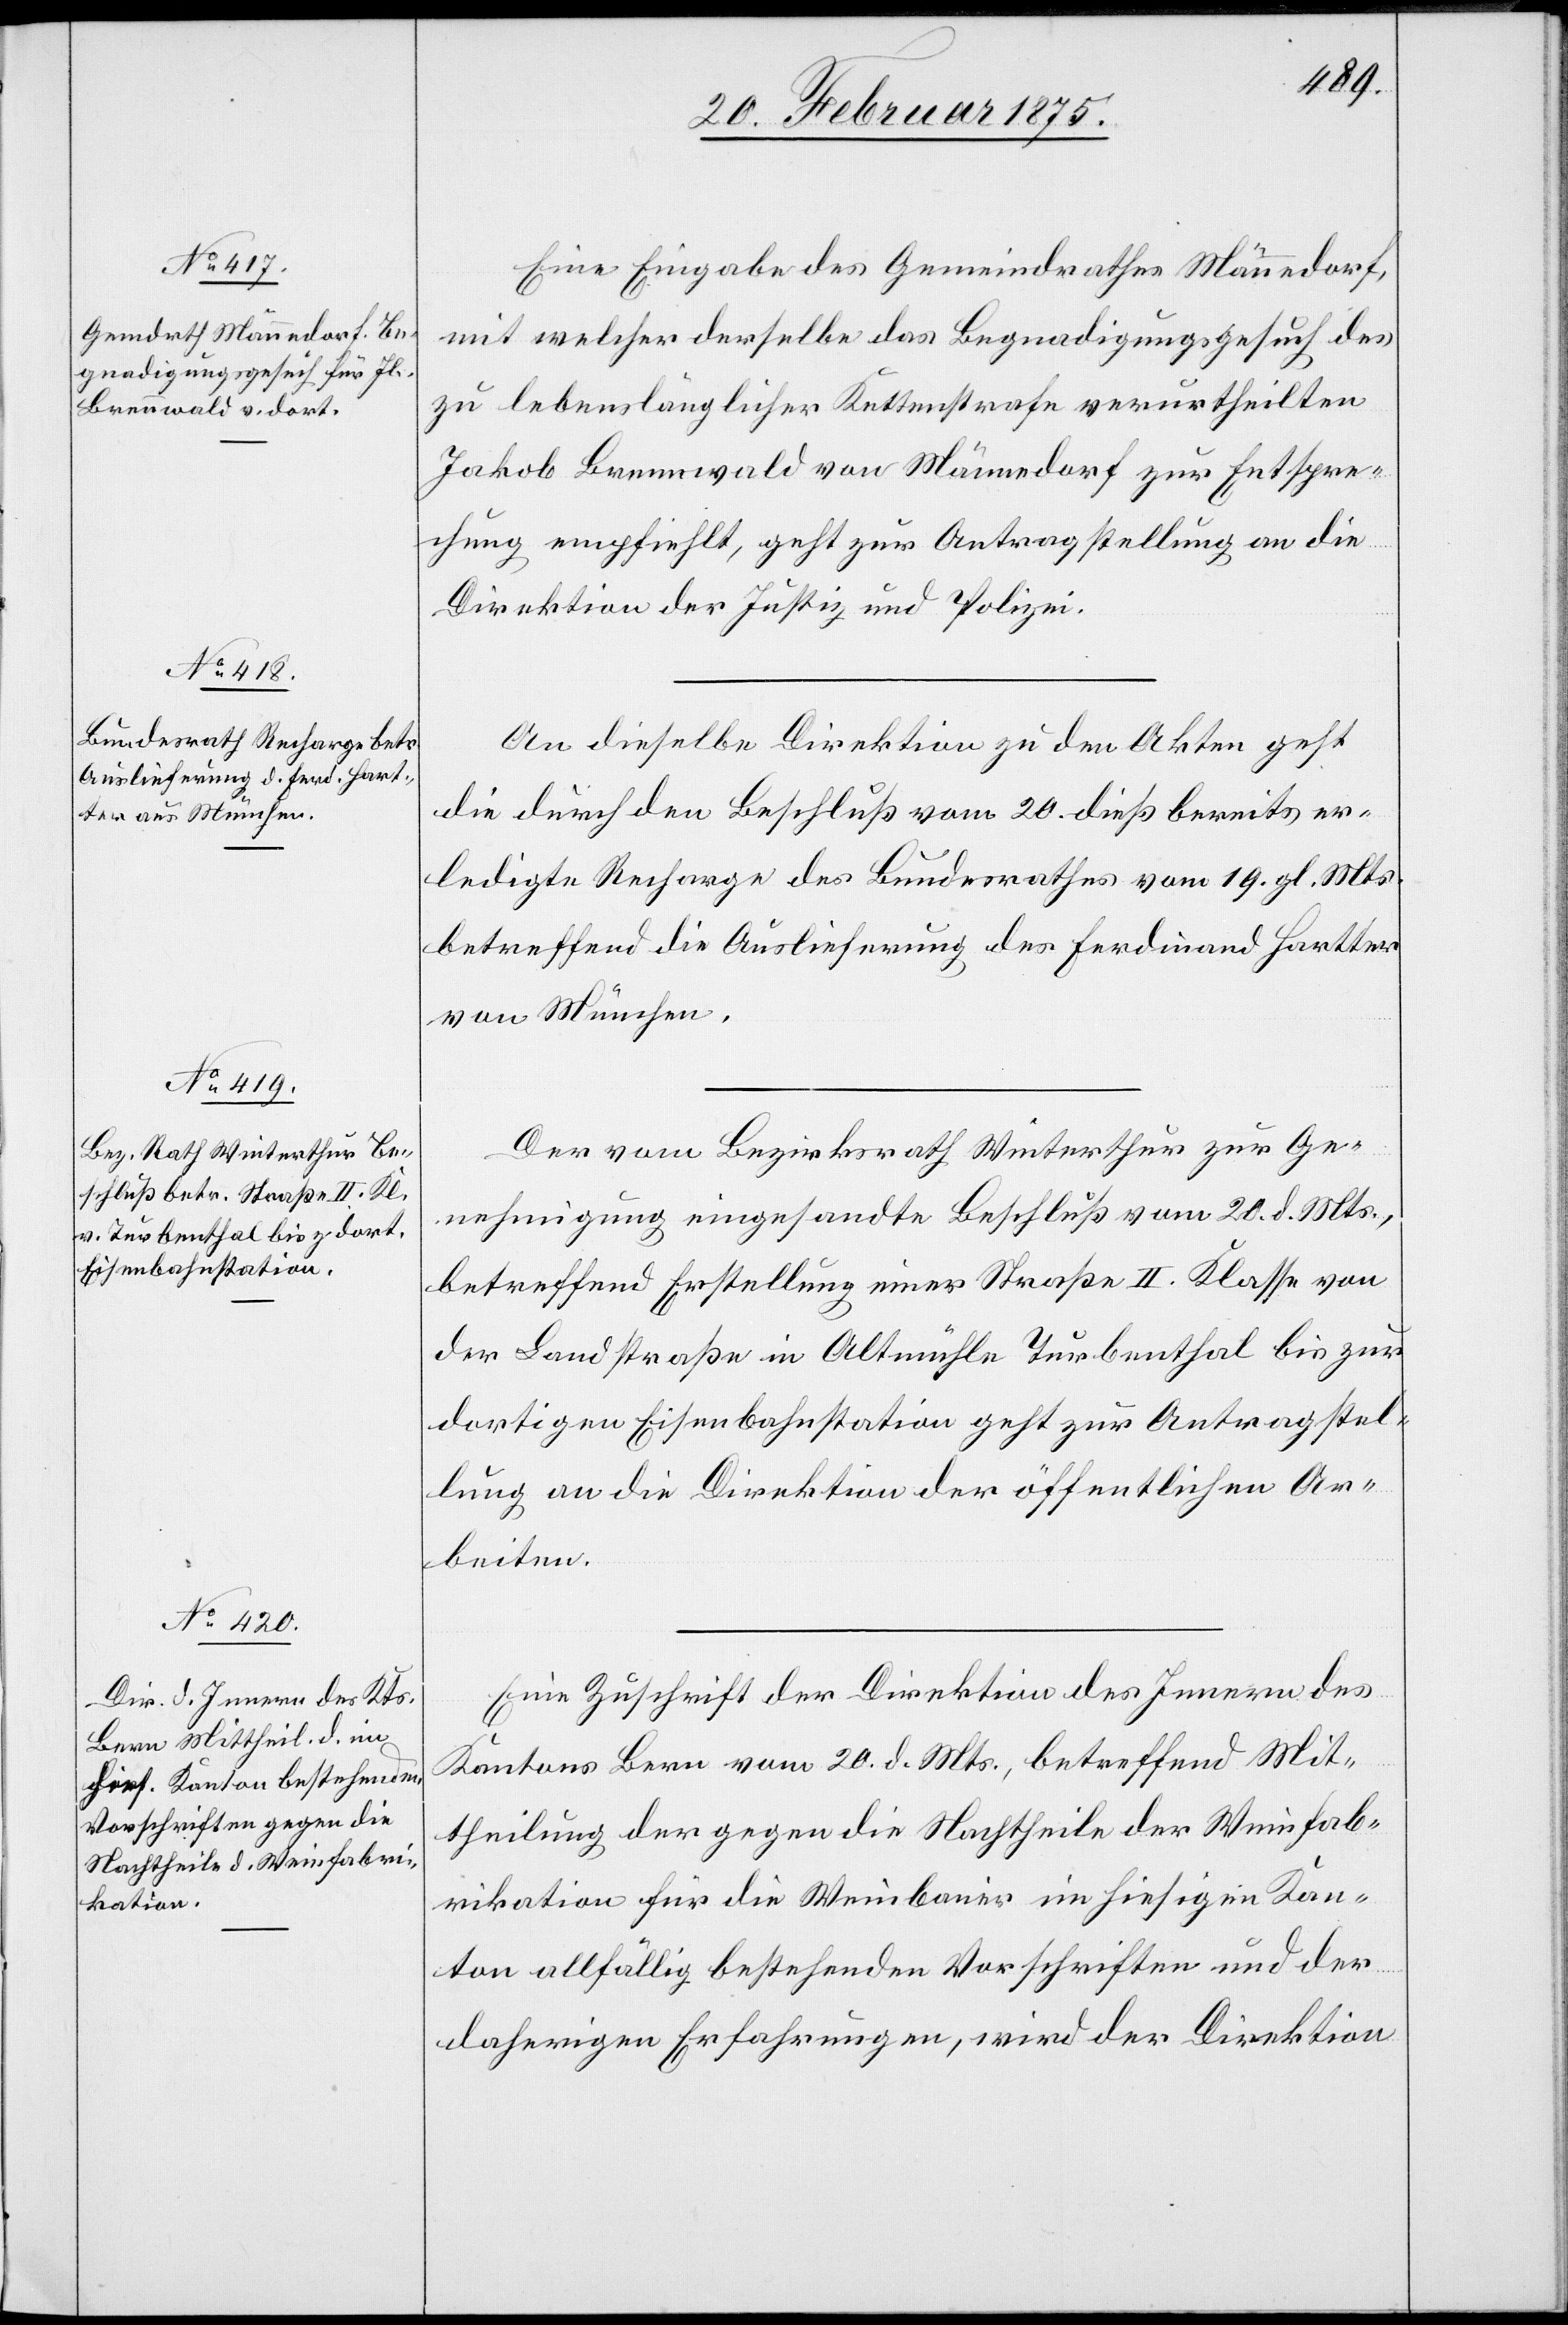
23. Februar 1875.]
Eine Eingabe des Gemeindrathes Männedorf,
mit welcher derselbe das Begnadigungsgesuch des
zu lebenslänglicher Kettenstrafe verurtheilten
Jakob Brennwald von Männedorf zur Entspre¬
chung empfiehlt, geht zur Antragstellung an die
Direktion der Justiz und Polizei.
An dieselbe Direktion zu den Akten geht
die durch den Beschluß vom 20. dieß bereits er¬
ledigte Recharge des Bundesrathes vom 19. gl. Mts.
betreffend die Auslieferung des Ferdinand Hartter
von München.
Der vom Bezirksrath Winterthur zur Ge¬
nehmigung eingesandte Beschluß vom 20. d. Mts.,
betreffend Erstellung einer Straße II. Klasse von
der Landstraße in Altmühle Turbenthal bis zur
dortigen Eisenbahnstation geht zur Antragstel¬
lung an die Direktion der öffentlichen Ar¬
beiten.
Eine Zuschrift der Direktion des Innern des
Kantons Bern vom 20. d. Mts., betreffend Mit¬
theilung der gegen die Nachtheile der Weinfab¬
rikation für die Weinbauer im hiesigen Kan¬
ton allfällig bestehenden Vorschriften und der
daherigen Erfahrungen, wird der Direktion